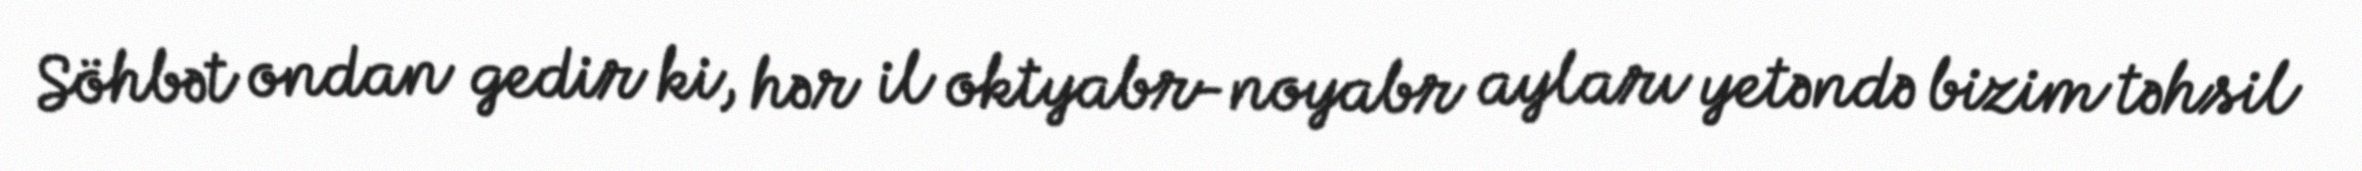
Söhbət ondan gedir ki, hər il oktyabr-noyabr ayları yetəndə bizim təhsil